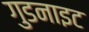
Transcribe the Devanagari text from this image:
गुडनाइट